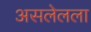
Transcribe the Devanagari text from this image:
असलेलला